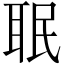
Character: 𦕛